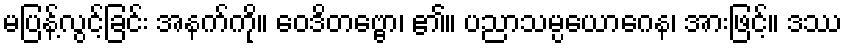
မပြန့်လွင့်ခြင်း အနက်ကို။ ဝေဒိတဗ္ဗော၊ ၏။ ပညာသမ္ပယောဂေန၊ အားဖြင့်။ ဒဿ